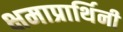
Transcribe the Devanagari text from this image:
क्षमाप्रार्थिनी